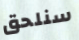
سنلحق